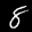
Label: 8